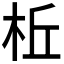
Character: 𪲀